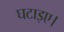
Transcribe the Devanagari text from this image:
घटाइए।